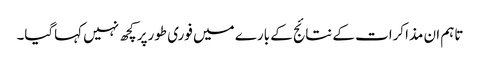
تاہم ان مذاکرات کے نتائج کے بارے میں فوری طورپر کچھ نہیں کہاگیا۔